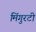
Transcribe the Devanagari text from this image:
मिंगुरटी